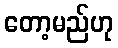
တော့မည်ဟု